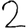
Digit: 2